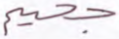
جحيم